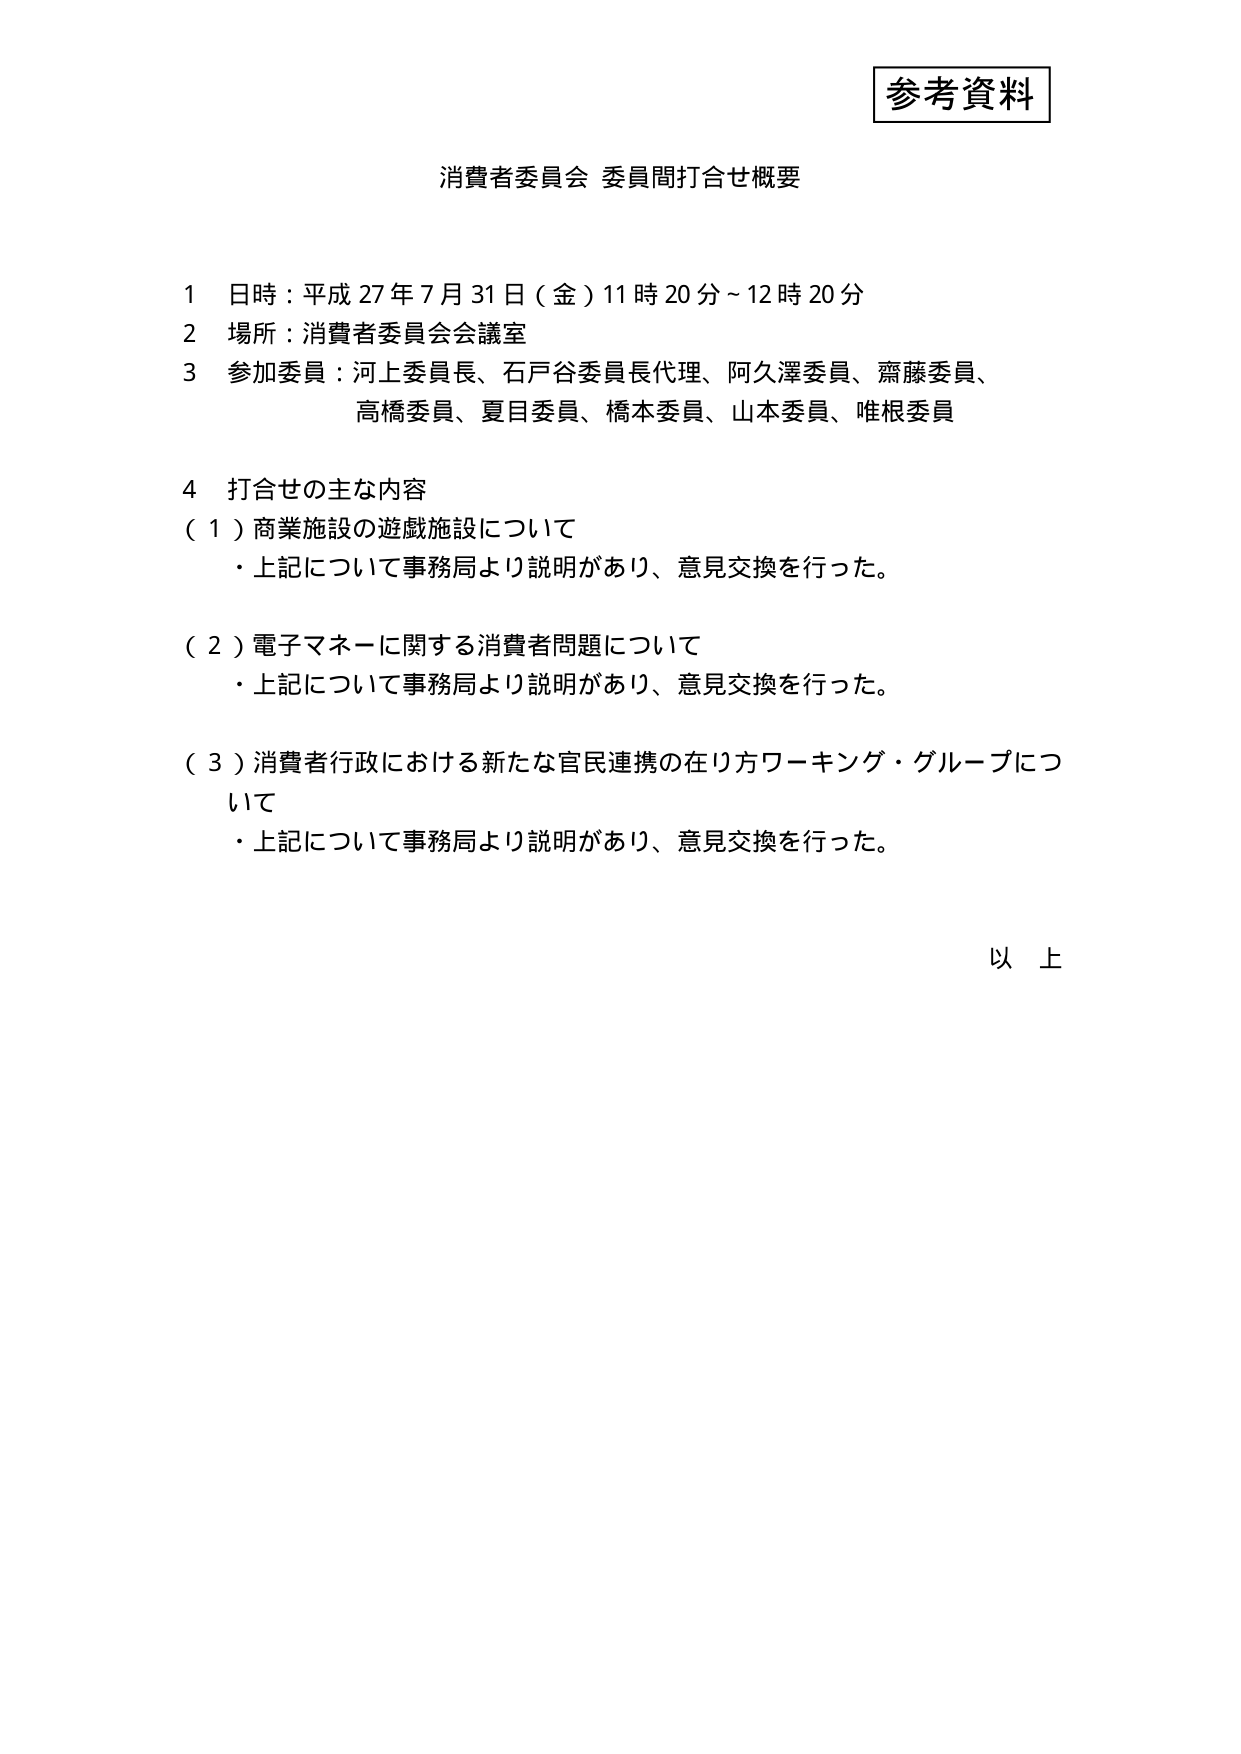
参考資料

消費者委員会 委員間打合せ概要

1 日時：平成27年7月31日（金）11時20分～12時20分
2 場所：消費者委員会会議室
3 参加委員：河上委員長、石戸谷委員長代理、阿久澤委員、齋藤委員、
　　　　　高橋委員、夏目委員、橋本委員、山本委員、唯根委員

4 打合せの主な内容
（1）商業施設の遊戯施設について
　・上記について事務局より説明があり、意見交換を行った。

（2）電子マネーに関する消費者問題について
　・上記について事務局より説明があり、意見交換を行った。

（3）消費者行政における新たな官民連携の在り方ワーキング・グループについて
　・上記について事務局より説明があり、意見交換を行った。

以上